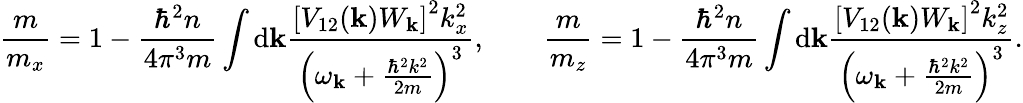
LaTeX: \frac{m}{m_{x}}=1-\frac{\hbar^{2}n}{4\pi^{3}m}\int\mathrm{d}\mathbf{k}\frac{\left[V_{\mathrm{12}}(\mathbf{k})W_{\mathbf{k}}\right]^{2}k_{x}^{2}}{\left(\omega_{\mathbf{k}}+\frac{\hbar^{2}k^{2}}{2m}\right)^{3}},\qquad\frac{m}{m_{z}}=1-\frac{\hbar^{2}n}{4\pi^{3}m}\int\mathrm{d}\mathbf{k}\frac{\left[V_{\mathrm{12}}(\mathbf{k})W_{\mathbf{k}}\right]^{2}k_{z}^{2}}{\left(\omega_{\mathbf{k}}+\frac{\hbar^{2}k^{2}}{2m}\right)^{3}}.